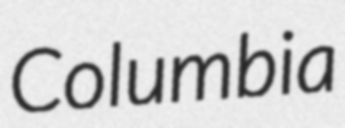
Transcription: Columbia